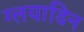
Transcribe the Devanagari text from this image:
ग्लयाडिन